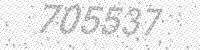
Solution: 705537